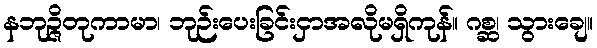
နဘုဉ္ဇိတုကာမာ၊ ဘုဉ်းပေးခြင်းငှာအလိုမရှိကုန်။ ဂစ္ဆ၊ သွားချေ။